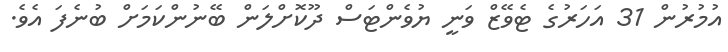
އުމުރުން 31 އަހަރުގެ ޓެވޭޒް ވަނީ ޔުވެންޓަސް ދޫކޮށްލަން ބޭނުންކަމަށް ބުނެފަ އެވެ.